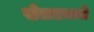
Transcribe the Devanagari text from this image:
खेलतमाशे